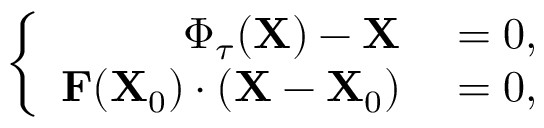
\left\{ \begin{array} { r l } { \boldsymbol { \Phi } _ { \tau } ( \mathbf { X } ) - \mathbf { X } } & { { } = 0 , } \\ { \mathbf { F } ( \mathbf { X } _ { 0 } ) \cdot \left( \mathbf { X } - \mathbf { X } _ { 0 } \right) } & { { } = 0 , } \end{array} \right.